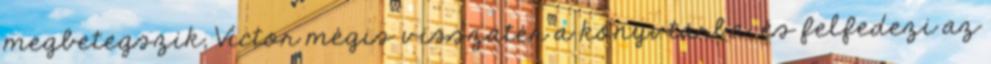
megbetegszik, Victor mégis visszatér a könyvtárba, és felfedezi az